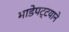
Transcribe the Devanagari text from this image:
भाडेपट्टयाने